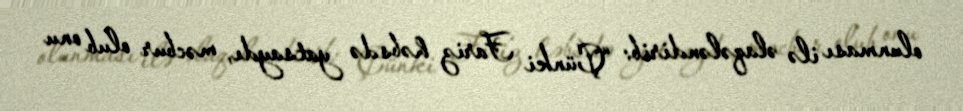
olunması ilə əlaqələndirib: “Çünki Fariz həbsdə yatsaydı, məcbur olub onu